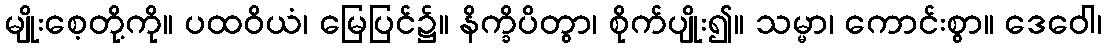
မျိုးစေ့တို့ကို။ ပထဝိယံ၊ မြေပြင်၌။ နိက္ခိပိတွာ၊ စိုက်ပျိုး၍။ သမ္မာ၊ ကောင်းစွာ။ ဒေဝေါ၊